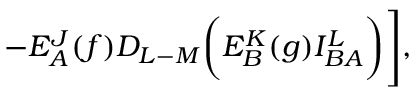
- E _ { A } ^ { J } ( f ) D _ { L - M } \biggl ( E _ { B } ^ { K } ( g ) I _ { B A } ^ { L } \biggr ) \Biggr ] ,